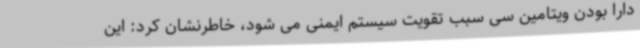
دارا بودن ویتامین سی سبب تقویت سیستم ایمنی می شود، خاطرنشان کرد: این